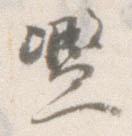
濫